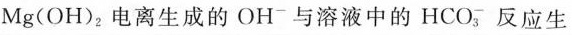
Mg(OH)_{2|电离生成的OH_{-|与溶液中的HCO_{3|，反应生